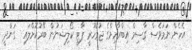
އެހެން ނަމަވެސް ގާސިމް އިބްރާހިމްގެ ޖުމުހޫރީ ޕާޓީ ކޯލިޝަނުން ބޭރުކޮށްލައި  ގަންދީ